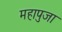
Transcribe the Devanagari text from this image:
महापुजा